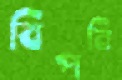
বিপনি